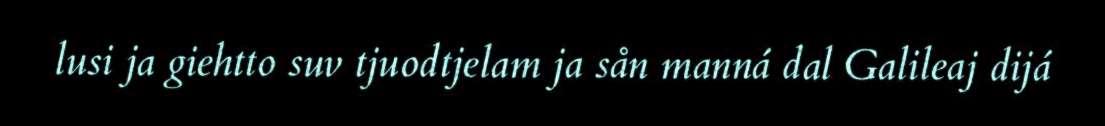
lusi ja giehtto suv tjuodtjelam ja sån manná dal Galileaj dijá